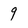
Character: 9